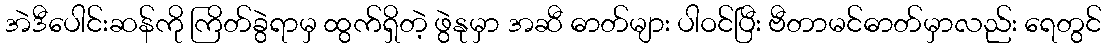
အဲဒီပေါင်းဆန်ကို ကြိတ်ခွဲရာမှ ထွက်ရှိတဲ့ ဖွဲနုမှာ အဆီ ဓာတ်များ ပါဝင်ပြီး ဗီတာမင်ဓာတ်မှာလည်း ရေတွင်